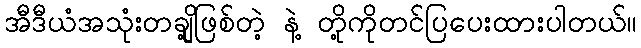
အီဒီယံအသုံးတချို့ဖြစ်တဲ့ နဲ့ တို့ကိုတင်ပြပေးထားပါတယ်။